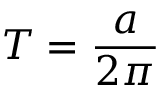
T = { \frac { a } { 2 \pi } }